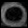
Digit: ၀